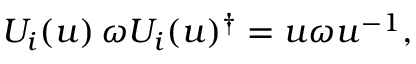
U _ { i } ( u ) \, \omega U _ { i } ( u ) ^ { \dagger } = u \omega u ^ { - 1 } ,